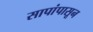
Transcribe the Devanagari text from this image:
सापांपासून